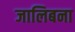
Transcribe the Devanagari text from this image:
जालिबना